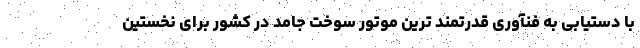
با دستیابی به فنآوری قدرتمند ترین موتور سوخت جامد در کشور برای نخستین